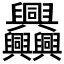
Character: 𦧅